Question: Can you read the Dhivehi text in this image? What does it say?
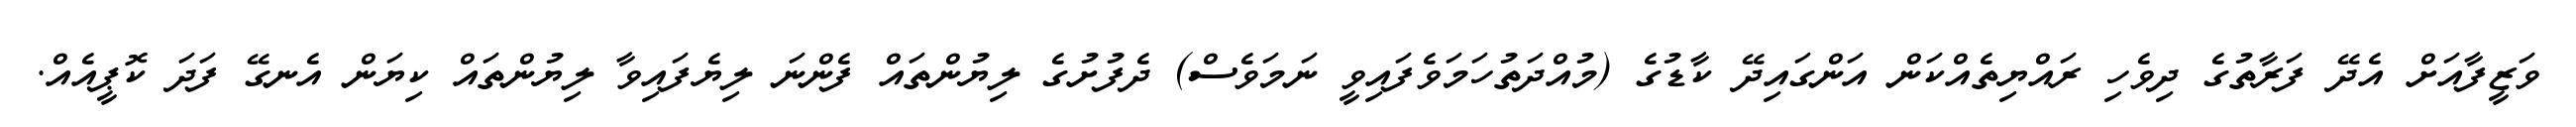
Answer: ވަޒީފާއަށް އެދޭ ފަރާތުގެ ދިވެހި ރައްޔިތެއްކަން އަންގައިދޭ ކާޑުގެ (މުއްދަތުހަމަވެފައިވީ ނަމަވެސް) ދެފުށުގެ ލިޔުންތައް ފެންނަ ލިޔެފައިވާ ލިޔުންތައް ކިޔަން އެނގޭ ފަދަ ކޮޕީއެއް.